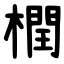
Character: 橍